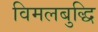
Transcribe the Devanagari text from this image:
विमलबुद्धि